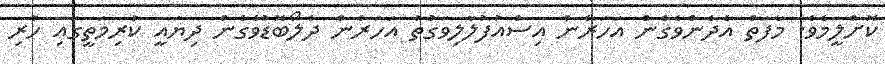
ކޮށްލީމެވެ. މާފަތް އެދެންވެގެން އަހަރެން އިސްއުފުލާލިވަގުތު އަހަރެން ދެލޯބޮޑުވެގެން ދިޔައީ ކުރިމަތީގައި ހުރި